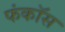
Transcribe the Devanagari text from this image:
फंकॉस